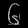
Digit: ၆